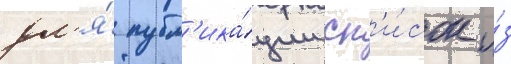
дл'я́ публ'ика́ции сп'и́сок и́з